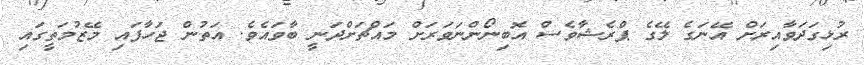
ރުޅިގަދަވާއިރަށް އޭނަގެ ލޭގެ ޕްރެޝާވެސް އޮބިނޯންނަވަރަށް މައްޗަށްދަނީ ބާވައެވެ. އަތުން ޖަހާފައި މޭޒުމަތީގައި